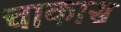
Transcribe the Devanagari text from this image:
चाकास